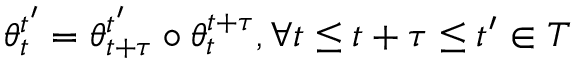
\begin{array} { r } { \theta _ { t } ^ { t ^ { \prime } } = \theta _ { t + \tau } ^ { t ^ { \prime } } \circ \theta _ { t } ^ { t + \tau } , \forall t \leq t + \tau \leq t ^ { \prime } \in T } \end{array}